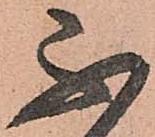
不